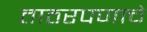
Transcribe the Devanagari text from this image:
ताठरपणाचे